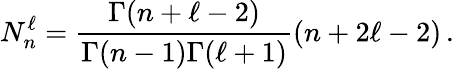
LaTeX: N_{n}^{\ell}=\frac{\Gamma(n+\ell-2)}{\Gamma(n-1)\Gamma(\ell+1)}(n+2\ell-2)\, .